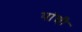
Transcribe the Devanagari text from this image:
पांची